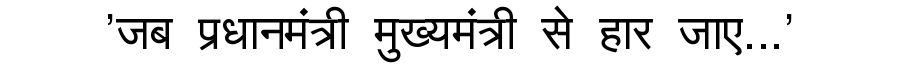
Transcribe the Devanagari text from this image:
'जब प्रधानमंत्री मुख्यमंत्री से हार जाए...'